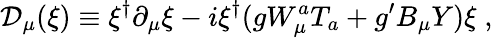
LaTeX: {\cal D}_{\mu}(\xi)\equiv\xi^{\dagger}\partial_{\mu}\xi-i\xi^{\dagger}(gW_{\mu}^{a}T_{a}+g^{\prime}B_{\mu}Y)\xi\; ,